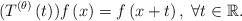
LaTeX: \begin{align*}(T^{\left(\theta\right)}\left(t\right))f\left(x\right)=f\left(x+t\right),\;\forall t\in\mathbb{R}.\end{align*}